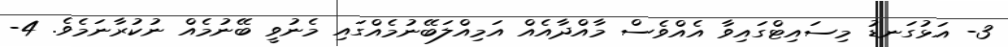
3- އަޅުގަނޑު މިސައިޓްގައިވާ އެއްވެސް މާއްދާއެއް އަމިއްލަބޭނުމެއްގައި މެނުވީ ބޭނުމެއް ނުކުރާނަމެވެ. 4-